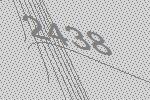
2438